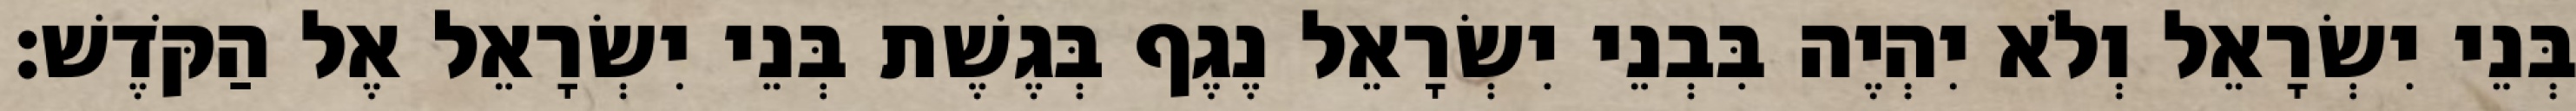
בְּנֵי יִשְׂרָאֵל וְלֹא יִהְיֶה בִּבְנֵי יִשְׂרָאֵל נֶגֶף בְּגֶשֶׁת בְּנֵי יִשְׂרָאֵל אֶל הַקֹּדֶשׁ׃